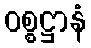
ဝစ္စဋ္ဌာနံ